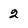
Character: 2